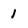
Character: 1